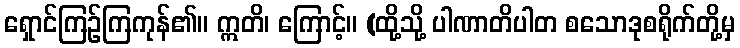
ရှောင်ကြဉ်ကြကုန်၏။ ဣတိ၊ ကြောင့်။ (ထို့သို့ ပါဏာတိပါတ စသောဒုစရိုက်တို့မှ